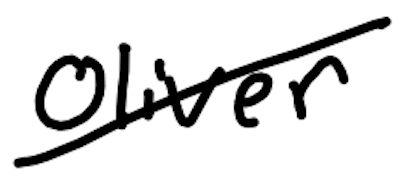
Text: Oliver
Cross-out: mix
Writing tool: digital_black